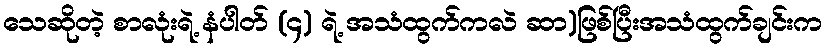
သေဆိုတဲ့ စာလုံးရဲ့ နံပါတ် (၄) ရဲ့ အသံထွက်ကလဲ ဆာ)ဖြစ်ပြီးအသံထွက်ချင်းက